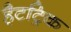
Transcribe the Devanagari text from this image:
हैटट्रिक